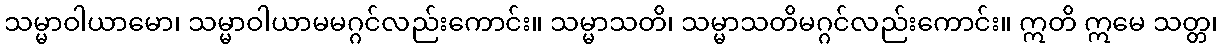
သမ္မာဝါယာမော၊ သမ္မာဝါယာမမဂ္ဂင်လည်းကောင်း။ သမ္မာသတိ၊ သမ္မာသတိမဂ္ဂင်လည်းကောင်း။ ဣတိ ဣမေ သတ္တ၊